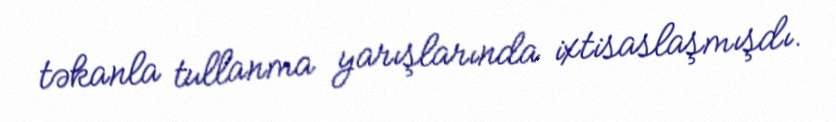
təkanla tullanma yarışlarında ixtisaslaşmışdı.